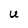
Character: U